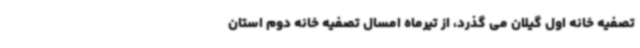
تصفیه خانه اول گیلان می گذرد، از تیرماه امسال تصفیه خانه دوم استان